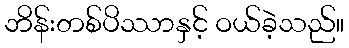
ဘိန်းတစ်ပိဿာနှင့် ဝယ်ခဲ့သည်။